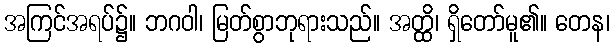
အကြင်အရပ်၌။ ဘဂဝါ၊ မြတ်စွာဘုရားသည်။ အတ္ထိ၊ ရှိတော်မူ၏။ တေန၊